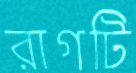
রাগটি